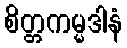
စိတ္တကမ္မဒါနံ